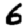
Digit: 6